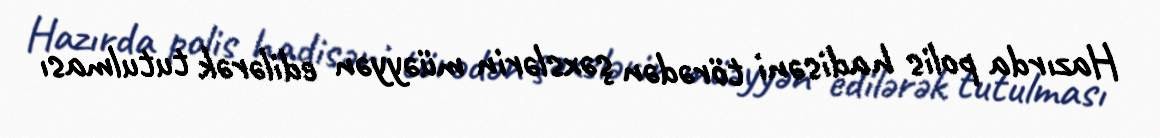
Hazırda polis hadisəni törədən şəxslərin müəyyən edilərək tutulması